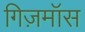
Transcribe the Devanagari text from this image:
गिज़मॉस